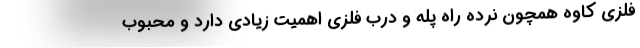
فلزی کاوه همچون نرده راه پله و درب فلزی اهمیت زیادی دارد و محبوب